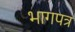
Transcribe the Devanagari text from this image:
भागपत्र